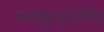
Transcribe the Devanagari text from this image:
अक्युम्युलेटिव